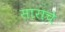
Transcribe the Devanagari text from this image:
साराचे